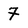
Character: 7